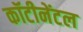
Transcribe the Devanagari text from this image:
कॉटीनेंटल